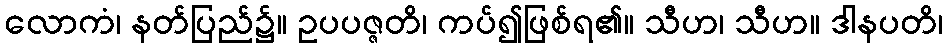
လောကံ၊ နတ်ပြည်၌။ ဥပပဇ္ဇတိ၊ ကပ်၍ဖြစ်ရ၏။ သီဟ၊ သီဟ။ ဒါနပတိ၊